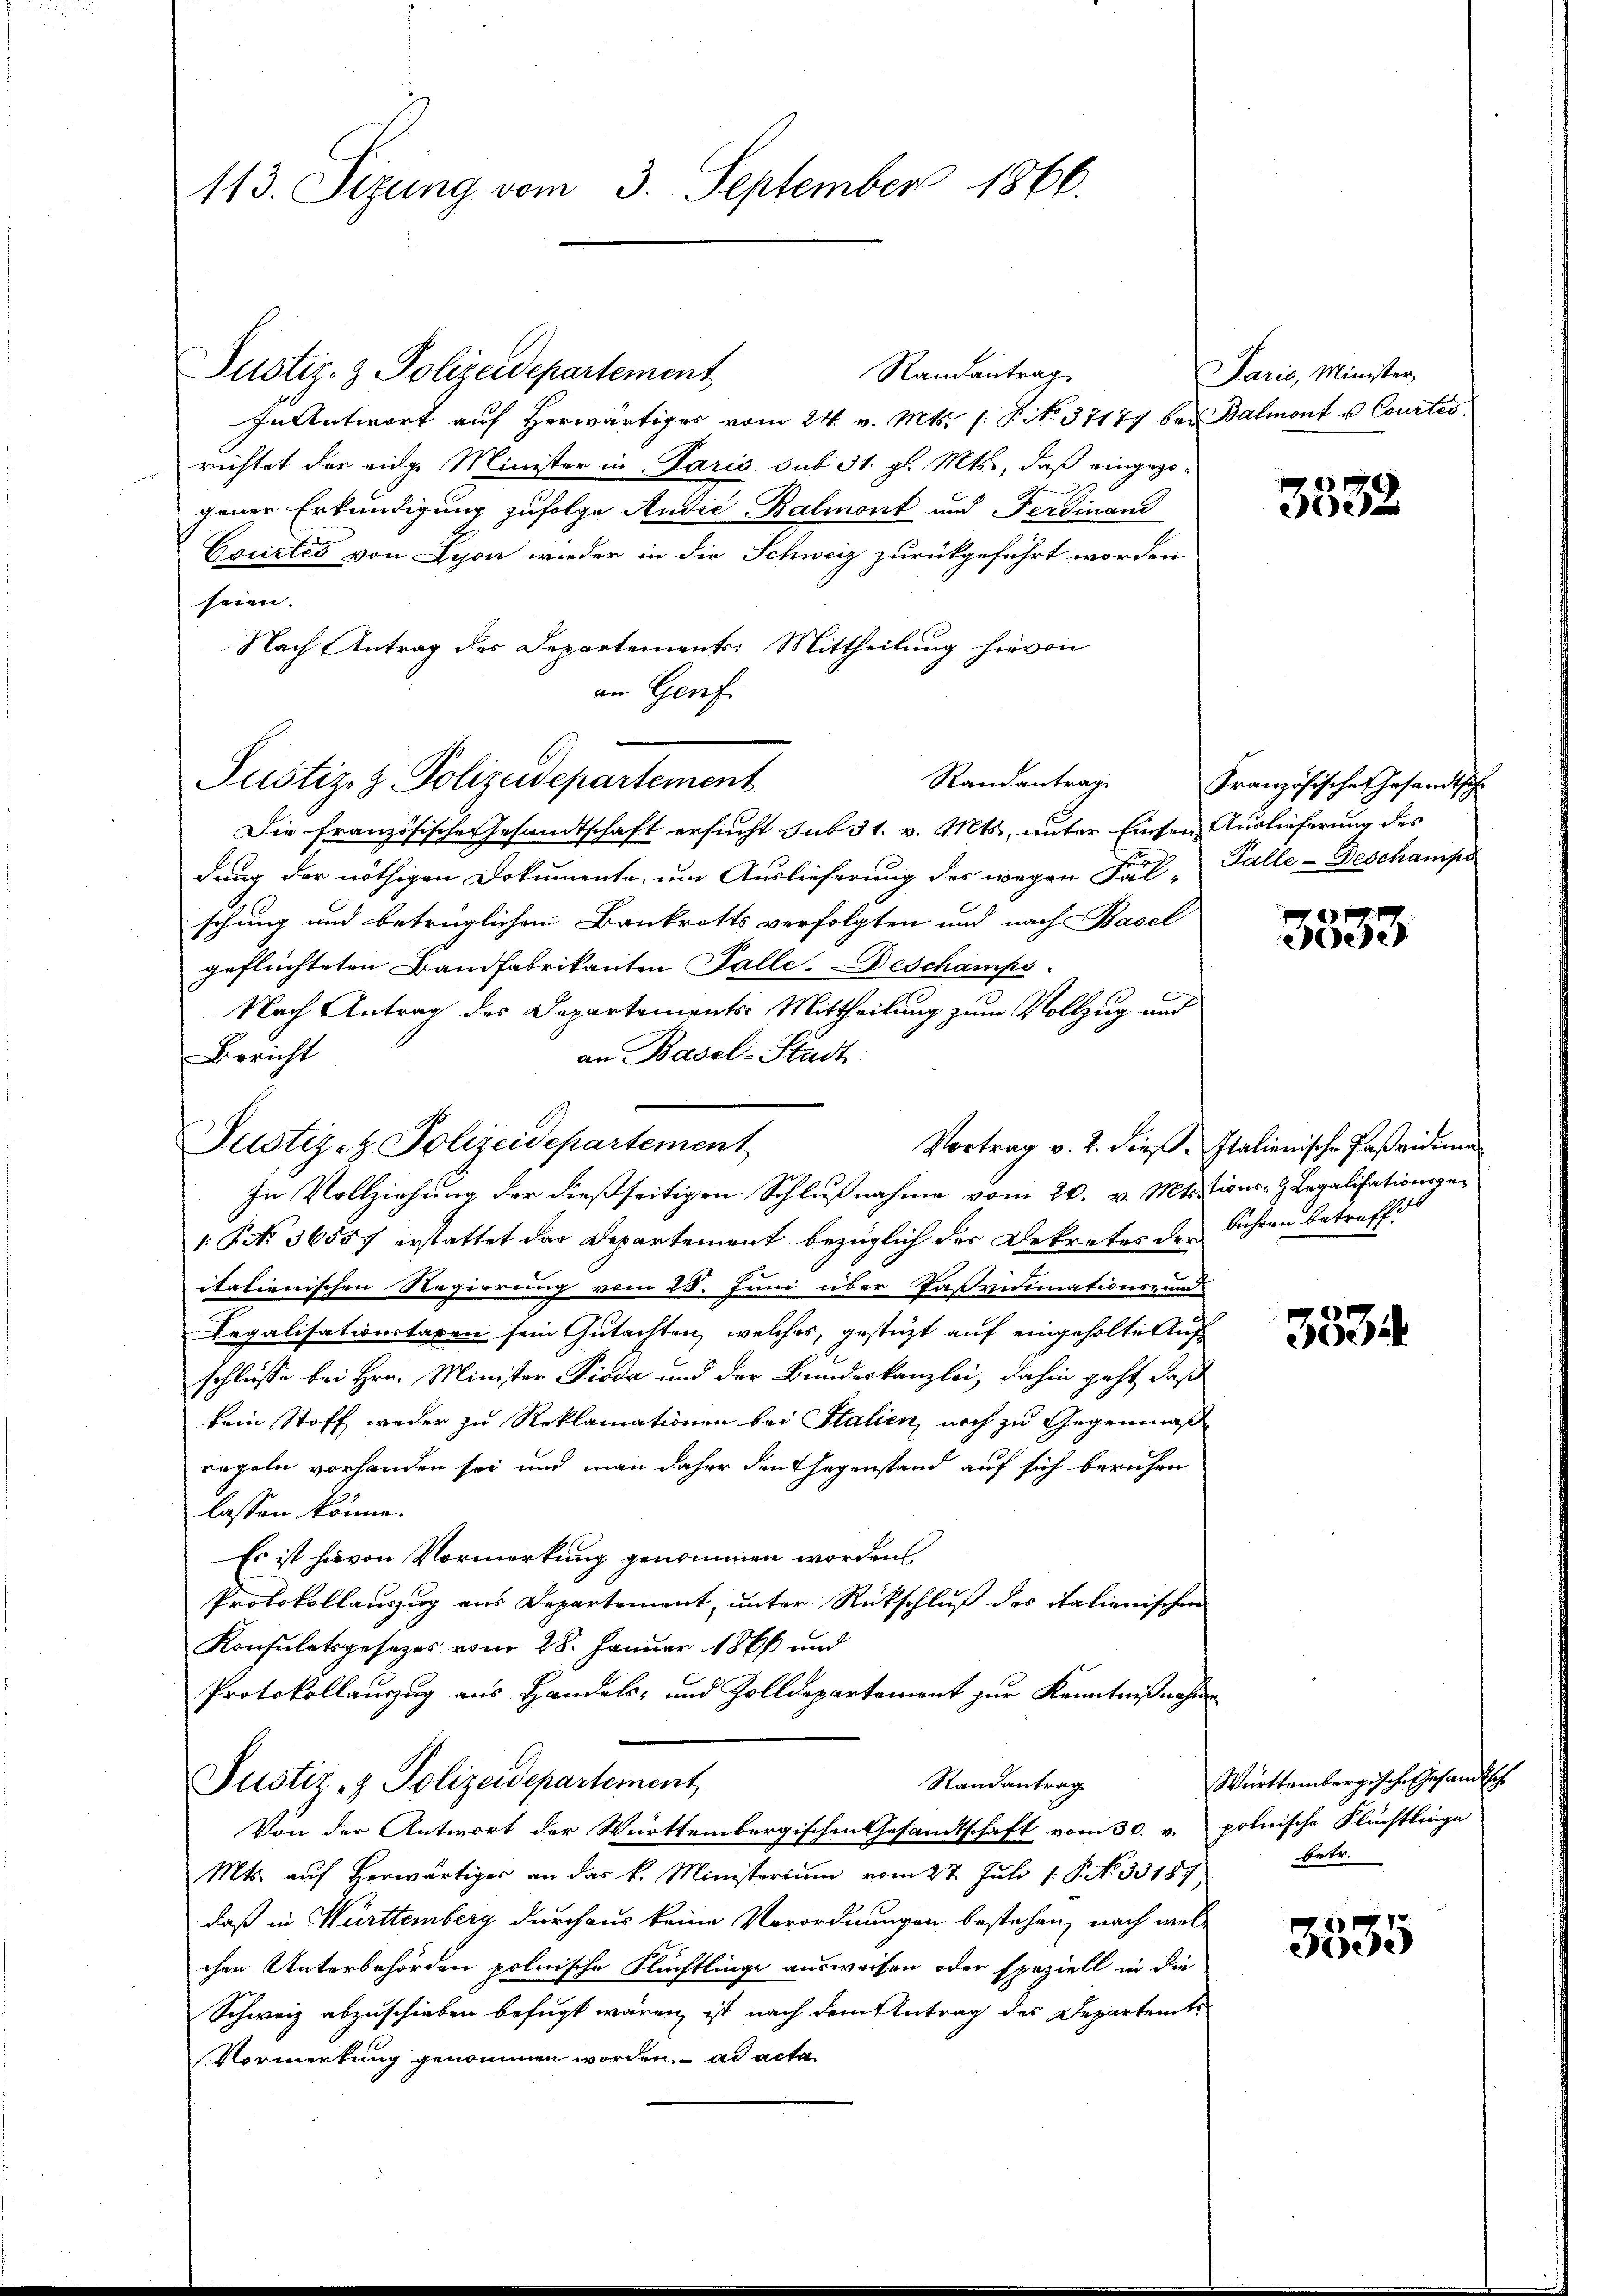
113. Sizung vom 3. September 1866.

Justiz- & Polizeidepartement
Randantrag
In Antwort auf herwärtiger vom 24. v. Mts. /: P. No. 37177 bei Balmont u. Courtés
richtet der einge Minister in Paris sub 31. gl. Mts., daß eingezogener Erkundigung zufolge Audić-Balmont und Ferdinand
Courtes von Lyon wieder in die Schweiz zurückgeführt worden
seien.
Nach Antrag des Departements: Mittheilung hievon
an Genf.
Randantrag
Die französische Gesandtschaft ersucht sub 31. v. Mts., unter Einsen Auslieferung des
dung der nöthigen Dokumente, um Auslieferung des wegen Fal- Falle-Beschampe
schung und betrüglichen Bankrotts verfolgten und nach Basel
geflüchteten Bandfabrikanten Falle-Beschamps
Nach Antrag des Departements-Mittheilung zum Vollzug und
an Basel-Stadt
Bericht
In Vollziehung der dießseitigen Schlußnahme vom 20. v. Mtstions- & Legalisationsge¬
1. No 36557 erstattet das Departement bezüglich der Dekretes des Führen betreffe
italienischen Regierung vom 28. Juni über Paßvidimations- und
Legalisationstaxen sein Gutachten, welches, gestützt auf eingeholte Aufschlüsse bei Hrn. Minister Pioda und der Bundeskanzlei, dahin geht, daß
kein Stoff weder zu Reklamationen bei Stalien, noch zu Gegenmäß
regeln vorhanden sei und man daher den Gegenstand auf sich beruhen
lassen könne.
Es ist hievon Vormerkung genommen worden.
Protokollauszug aus Departement, unter Rückschluß des italienischen
Konsulatsgesetzes vom 28. Januar 1866 und
Protokollauszug aus Handels- und Zolldepartement zur Kenntnißnahme
Randantrag
Justiz- & Polizeidepartement
Von der Antwort der Württembergischen Gesandtschaft vom 30. v. polnische Flüchtlinge
Mts. aŭf herwärtiger an das k. Ministerium vom 27. Jŭli 1. P. NNo. 33187,
daß in Württemberg durchaus keine Verordnungen bestehen, nach welchen Unterbehörden polnische Flüchtlinge ausweisen oder speziell in die
Schweiz abzuschieben befugt wären, ist nach dem Antrag des Departemte
Vormerkung genommen worden. ad acta

Justiz- & Polizeidepartement

Justiz- & Polizeidepartement

Paris, Minister

3532

Französisches Gesandtsch

ede

Vortrag v. 2. dieß. Italienische Pasvidim

3534

Württembergische Gesandtsche
fetr.

3535